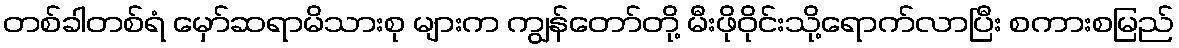
တစ်ခါတစ်ရံ မှော်ဆရာမိသားစု များက ကျွန်တော်တို့ မီးဖိုဝိုင်းသို့ရောက်လာပြီး စကားစမြည်